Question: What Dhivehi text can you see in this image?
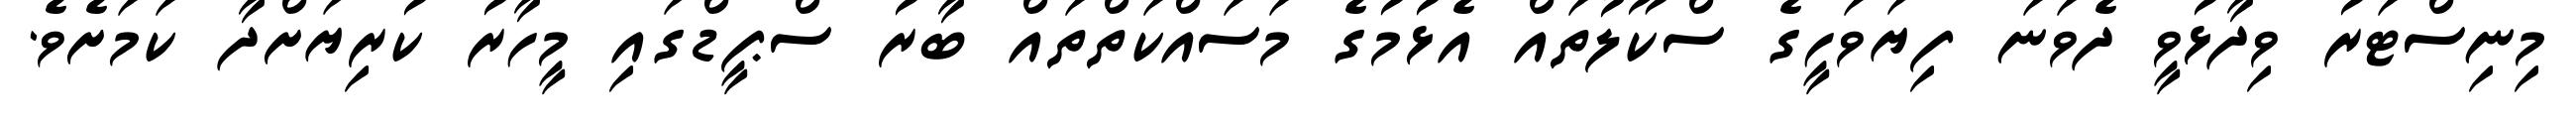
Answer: މިނިސްޓަރު ވިދާޅުވީ ދެވަނަ ފިޔަވަހީގެ ސްކޫލުތައް އެޅުމުގެ މަސައްކަތްތައް ބާރު ސްޕީޑްގައި މީހާރު ކުރިޔަށްދާ ކަމަށެވެ.